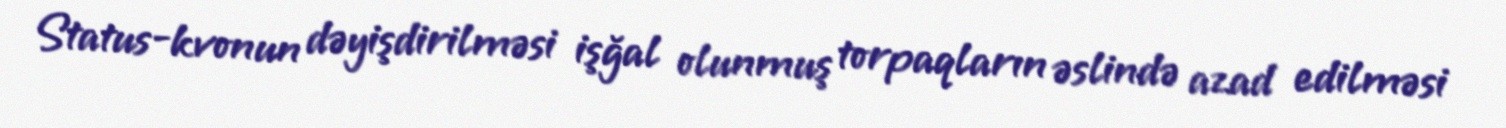
Status-kvonun dəyişdirilməsi işğal olunmuş torpaqların əslində azad edilməsi